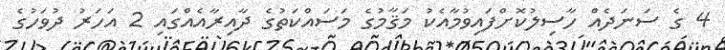
4 ގެ ސަނަދެއް ހާސިލުކޮށްފައިވުމާއެކު މަޤާމުގެ މަސައްކަތުގެ ދާއިރާއެއްގައި 2 އަހަރު ދުވަހުގެ